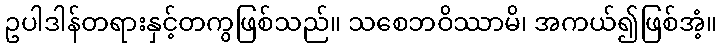
ဥပါဒါန်တရားနှင့်တကွဖြစ်သည်။ သစေဘဝိဿာမိ၊ အကယ်၍ဖြစ်အံ့။